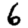
Digit: 6